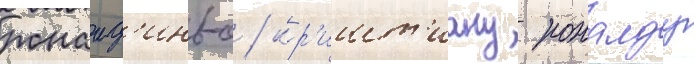
роналд'иньо / кр'ишт'иану роналду